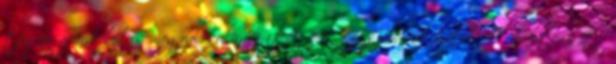
tágas gardróbja is megvalósulhat itt. A négyszobásak különböző alapterületű